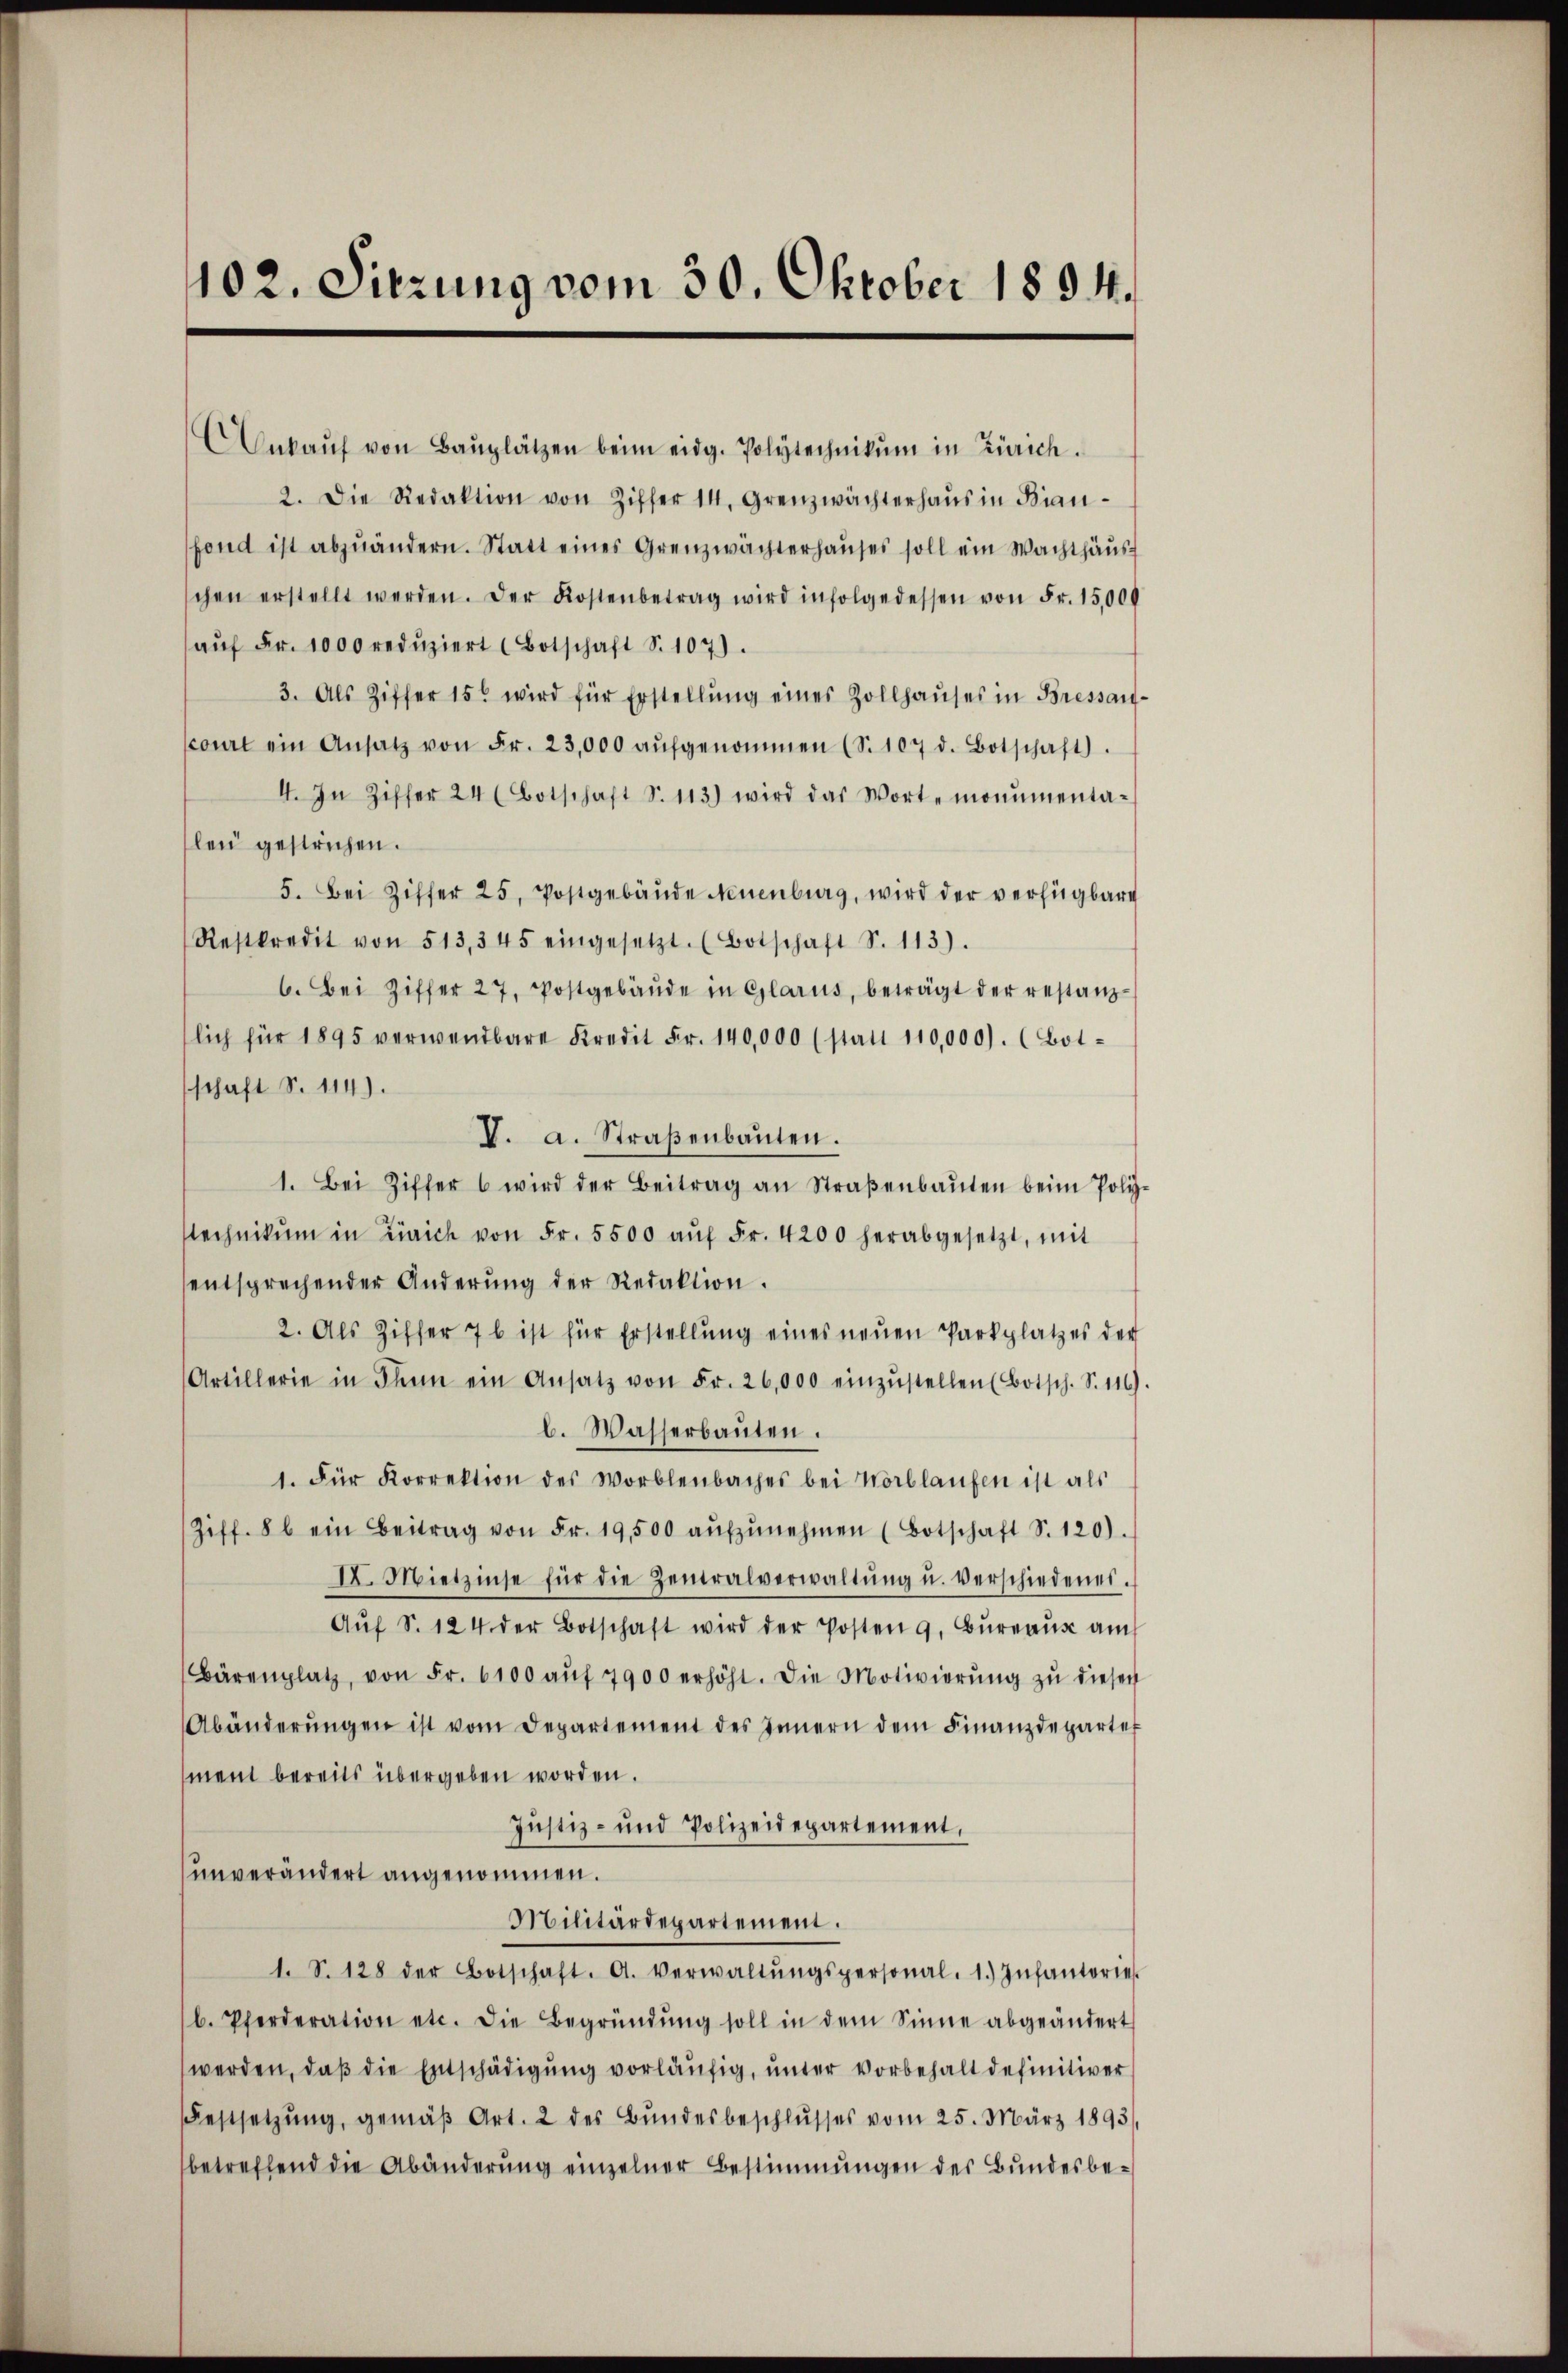
102. Sitzung vom 30. Oktober 1894.

Ankaŭf von Baŭplätzen beim eidg. Polytechnikum in Zürich.
2. Die Redaktion von Ziffer 14. Grenzwächterhaŭs in Bian-
fend ist abzuändern. Statt eines Grenzwächterhaŭses soll ein Wachthaŭs-
chen erstellt werden. Der Kostenbetrag wird infolgedessen von Fr. 15,000
aŭf Fr. 1000 redŭziert (Botschaft S. 107).
3. Als Ziffer 15 wird für Erstellŭng eines Zollhauses in Bressau-
court ein Ansatz von Fr. 23,000 aŭfgenommen (S. 107 d. Botschaft).
4. In Ziffer 24 (Botschaft S. 113) wird das Worte monumenta-
lei gestrichen.
5. Bei Ziffer 25. Postgebäŭde Neuenburg, wird der verfügbare
Restkredit von 513, 345 eingesetzt. (Botschaft S. 113).
6. Bei Ziffer 27. Postgebäŭde in Glarus, beträgt der restanz-
lich für 1895 verwendbare Kredit Fr. 140,000 (statt 110,000). (Bot-
schaft S. 114).
V. a. Straβenbauten.
1. Bei Ziffer 6 wird der Beitrag an Straβenbaŭten beim Poliz
stechnikum in Zürich von Fr. 5500 aŭf Fr. 4200 herabgesetzt, mit
sentsprechender Änderŭng der Redaktion.
2. Als Ziffer 7 b ist für Erstellŭng eines neŭen Parkplatzes der
Artillerie in denn ein Ansatz von Fr. 26,000 einzŭstellen (Botsch. S. 116).
l. Wasserbaŭten.
1. Für Korrektion des Worblenbaches bei Nörblaŭfen ist als
Ziff. 8 b ein Beitrag von Fr. 19,500 aŭfzŭnehmen (Botschaft S. 120).
II. Mietzinse für die Zentralverwaltŭng u. verschiedener.
Aŭf S. 124. der Botschaft wird der Posten 9. Bureaus auch
Bärenplatz, von Fr. 6100 aŭf 7900 erhöht. Die Motivierŭng zŭ diesen
Abänderŭngen ist vom Departement des Innern dem Finanzdeparter
ment bereits übergeben worden.
Justiz- und Polizeidepartement,
unverändert angenommen.
Militärdepartement.
1. S. 128 der Botschaft. A. Verwaltŭngspersonal. 1. Infanterie.
b. Pferderation etc. Die Begründŭng soll in dem Sinne abgeändert
werden, daβ die Entschädigung vorläufig, unter vorbehalt definitiver
Festsetzŭng, gemäβ Art. 2 des Bŭndesbeschlŭsses vom 25. März 1893,
betreffend die Abänderung einzelner Bestimmungen des Bundesbe¬